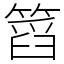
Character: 䈱